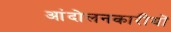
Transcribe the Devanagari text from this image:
आंदोलनकारीयों